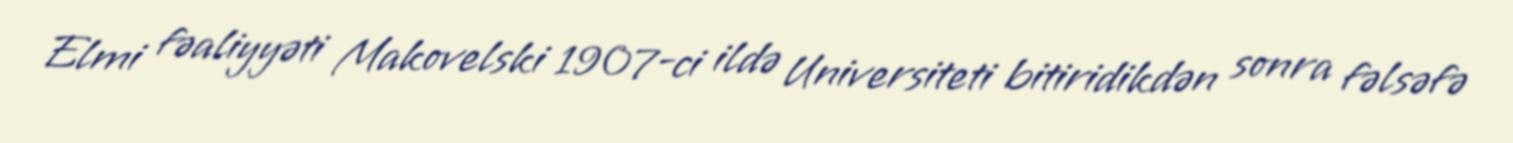
Elmi fəaliyyəti Makovelski 1907-ci ildə Universiteti bitiridikdən sonra fəlsəfə